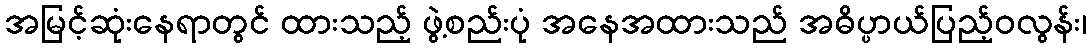
အမြင့်ဆုံးနေရာတွင် ထားသည့် ဖွဲ့စည်းပုံ အနေအထားသည် အဓိပ္ပာယ်ပြည့်ဝလွန်း၊